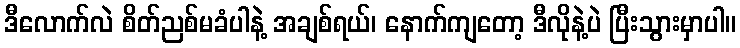
ဒီလောက်လဲ စိတ်ညစ်မခံပါနဲ့ အချစ်ရယ်၊ နောက်ကျတော့ ဒီလိုနဲ့ပဲ ပြီးသွားမှာပါ။